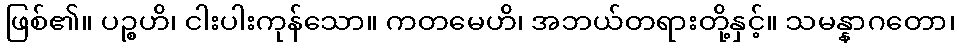
ဖြစ်၏။ ပဉ္စဟိ၊ ငါးပါးကုန်သော။ ကတမေဟိ၊ အဘယ်တရားတို့နှင့်။ သမန္နာဂတော၊